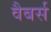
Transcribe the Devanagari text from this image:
वैबर्स